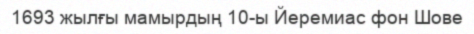
1693 жылғы мамырдың 10-ы Йеремиас фон Шове